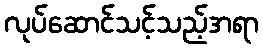
လုပ်ဆောင်သင့်သည့်အရာ